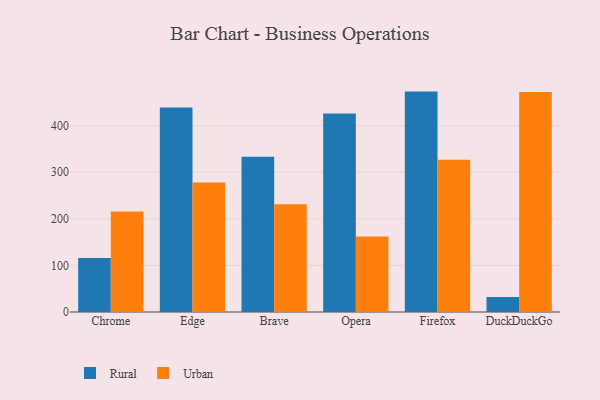
{"axis": {"x": "Browser", "y": "Population (Million)"}, "legend": ["Rural", "Urban"], "data": [{"x": "Chrome", "y": 115.9, "type": "Rural"}, {"x": "Chrome", "y": 215.5, "type": "Urban"}, {"x": "Edge", "y": 438.7, "type": "Rural"}, {"x": "Edge", "y": 278.1, "type": "Urban"}, {"x": "Brave", "y": 333.3, "type": "Rural"}, {"x": "Brave", "y": 231.1, "type": "Urban"}, {"x": "Opera", "y": 425.7, "type": "Rural"}, {"x": "Opera", "y": 161.8, "type": "Urban"}, {"x": "Firefox", "y": 472.9, "type": "Rural"}, {"x": "Firefox", "y": 326.6, "type": "Urban"}, {"x": "DuckDuckGo", "y": 32.1, "type": "Rural"}, {"x": "DuckDuckGo", "y": 471.8, "type": "Urban"}]}